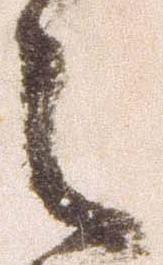
之